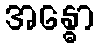
အန္ဓော